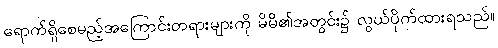
ရောက်ရှိစေမည့်အကြောင်းတရားများကို မိမိ၏အတွင်း၌ လွယ်ပိုက်ထားရသည်။